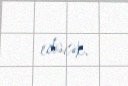
edəcək.